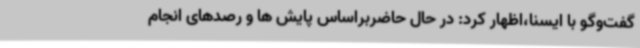
گفت‌وگو با ایسنا،اظهار کرد: در حال حاضربراساس پایش ها و رصدهای انجام